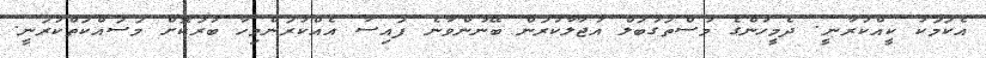
އެކަމަކު ކީއްކުރާނީ. ދެމީހުންގެ މުސްތަގުބަލް އުޖާލާކުރަން ބޭނުންވާނެ ފައިސާ އެއްކުރަންމިހާ ބުރަކޮށް މަސައްކަތްކުރަނީ.